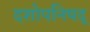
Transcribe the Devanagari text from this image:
दशोपनिषद्